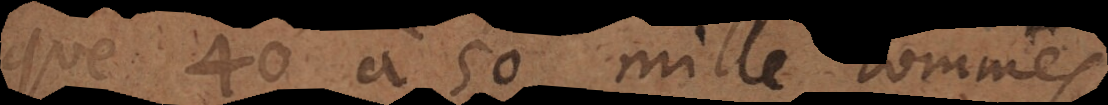
que 40 à 50 mille hommes